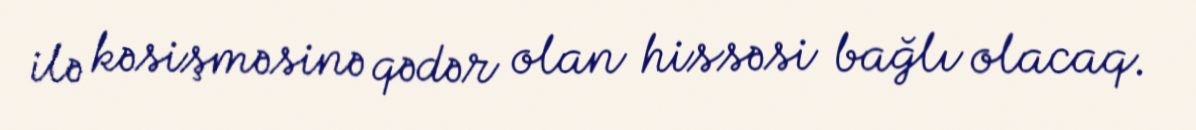
ilə kəsişməsinə qədər olan hissəsi bağlı olacaq.